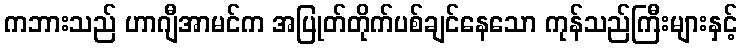
ကဘားသည် ဟာဂျီအာမင်က အပြုတ်တိုက်ပစ်ချင်နေသော ကုန်သည်ကြီးများနှင့်